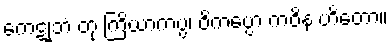
ကေဋုဘံ တု ကြိယာကပ္ပ၊ ဝိကပ္ပော ကဝိနံ ဟိတော။